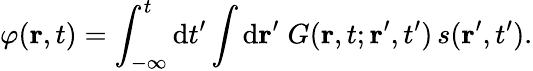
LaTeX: \varphi(\mathbf{r},t)=\int_{-\infty}^{t}\mathrm{d}t^{\prime}\int\mathrm{d}\mathbf{r}^{\prime}\; G(\mathbf{r},t;\mathbf{r}^{\prime},t^{\prime})\, s(\mathbf{r}^{\prime},t^{\prime}).